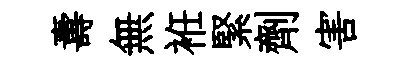
夀無袵緊劑害